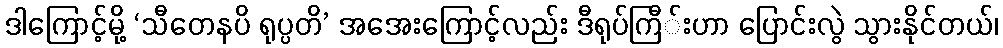
ဒါကြောင့်မို့ ‘သီတေနပိ ရုပ္ပတိ’ အအေးကြောင့်လည်း ဒီရုပ်ကြီ်းဟာ ပြောင်းလွဲ သွားနိုင်တယ်၊